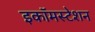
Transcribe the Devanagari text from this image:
इकॉमस्टेशन